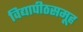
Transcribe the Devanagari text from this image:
विद्यापीठसमूह